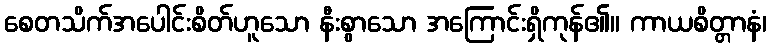
စေတသိက်အပေါင်းစိတ်ဟူသော နီးစွာသော အကြောင်းရှိကုန်၏။ ကာယစိတ္တာနံ၊